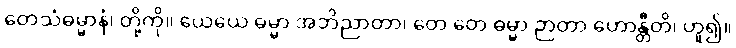
တေသံဓမ္မာနံ၊ တို့ကို။ ယေယေ ဓမ္မာ အဘိညာတာ၊ တေ တေ ဓမ္မာ ဉာတာ ဟောန္တီတိ၊ ဟူ၍။